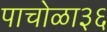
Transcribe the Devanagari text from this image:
पाचोळा३६